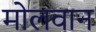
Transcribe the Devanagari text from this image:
मोलवान